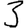
Digit: 3